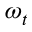
\omega _ { t }